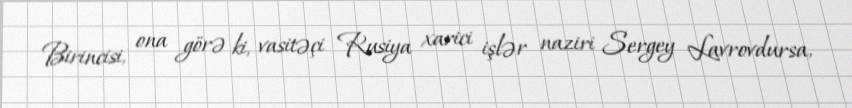
Birincisi, ona görə ki, vasitəçi Rusiya xarici işlər naziri Sergey Lavrovdursa,